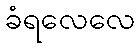
ခံရလေလေ